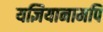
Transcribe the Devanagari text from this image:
यज्ञियानामपि